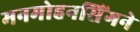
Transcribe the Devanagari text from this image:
मनमोहनसिंगने